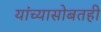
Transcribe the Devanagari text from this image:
यांच्यासोबतही